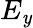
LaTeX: E_{\mathit{y}}